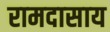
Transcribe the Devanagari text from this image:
रामदासाय